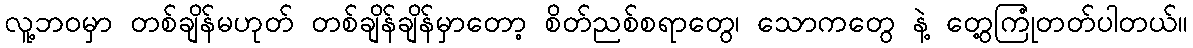
လူ့ဘဝမှာ တစ်ချိန်မဟုတ် တစ်ချိန်ချိန်မှာတော့ စိတ်ညစ်စရာတွေ၊ သောကတွေ နဲ့ တွေ့ကြုံတတ်ပါတယ်။